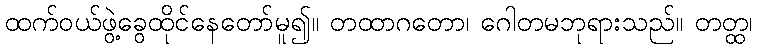
ထက်ဝယ်ဖွဲ့ခွေထိုင်နေတော်မူ၍။ တထာဂတော၊ ဂေါတမဘုရားသည်။ တတ္ထ၊